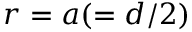
r = a ( = d / 2 )